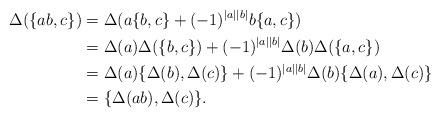
LaTeX: \begin{align*}\Delta(\{ab, c\})&=\Delta(a\{b, c\}+(-1)^{|a||b|}b\{a, c\})\\&=\Delta(a)\Delta(\{b, c\})+(-1)^{|a||b|}\Delta(b)\Delta(\{a, c\})\\&=\Delta(a)\{\Delta(b), \Delta(c)\}+(-1)^{|a||b|}\Delta(b)\{\Delta(a), \Delta(c)\}\\&=\{\Delta(ab), \Delta(c)\}.\end{align*}